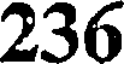
236